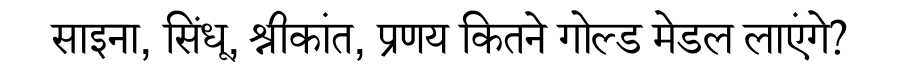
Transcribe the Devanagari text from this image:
साइना, सिंधू, श्रीकांत, प्रणय कितने गोल्ड मेडल लाएंगे?